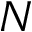
N